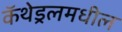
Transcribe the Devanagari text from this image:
कॅथेड्रलमधील